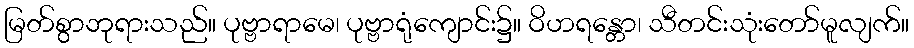
မြတ်စွာဘုရားသည်။ ပုဗ္ဗာရာမေ၊ ပုဗ္ဗာရုံကျောင်း၌။ ဝိဟရန္တော၊ သီတင်းသုံးတော်မူလျက်။